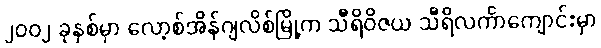
၂၀၀၂ ခုနှစ်မှာ လော့စ်အိန်ဂျလိစ်မြို့က သီရိဝိဇယ သီရိလင်္ကာကျောင်းမှာ